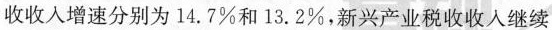
收收入增速分别为14.7\%和13.2\%，新兴产业税收收人继续